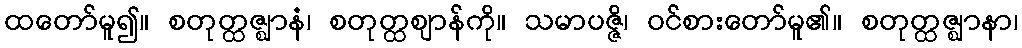
ထတော်မူ၍။ စတုတ္ထဇ္ဈာနံ၊ စတုတ္ထဈာန်ကို။ သမာပဇ္ဇိ၊ ဝင်စားတော်မူ၏။ စတုတ္ထဇ္ဈာနာ၊